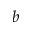
b